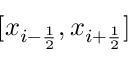
[ x _ { i - \frac { 1 } { 2 } } , x _ { i + \frac { 1 } { 2 } } ]